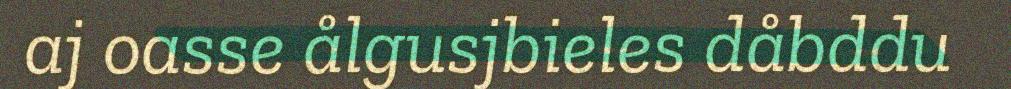
aj oasse ålgusjbieles dåbddu